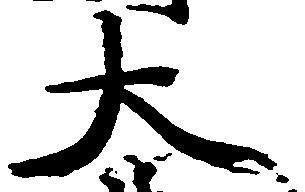
大